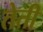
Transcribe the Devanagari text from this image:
तेती